Annual report of the Imperial Bacteriologist
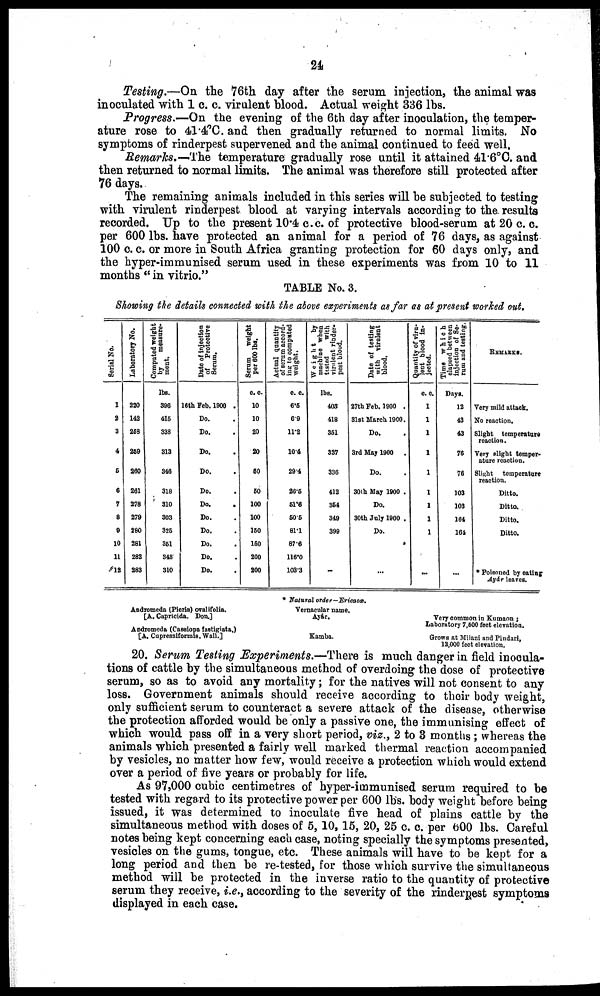
24
Testing.—On the 76th day after the serum injection, the animal was
inoculated with 1 c. c. virulent blood. Actual weight 336 lbs.
Progress.—On the evening of the 6th day after inoculation, the temper-
ature rose to 41.4°C. and then gradually returned to normal limits. No
symptoms of rinderpest supervened and the animal continued to feed well.
Remarks.—The temperature gradually rose until it attained 41.6°C. and
then returned to normal limits. The animal was therefore still protected after
76 days.
The remaining animals included in this series will be subjected to testing
with virulent rinderpest blood at varying intervals according to the results
recorded. Up to the present 10.4 c.c. of protective blood-serum at 20 c. c.
per 600 lbs. have protected an animal for a period of 76 days, as against
100 c. c. or more in South Africa granting protection for 60 days only, and
the hyper-immunised serum used in these experiments was from 10 to 11
months "in vitrio."
TABLE No. 3.
Showing the details connected with the above experiments as far as at present worked out.
Serial No.
1
2
3
4
5
6
7
8
9
10
11
12
Laboratory No.
220
142
258
259
260
261
278
279
280
281
282
283
Computed weight
by
measure-
ment.
lbs.
396
415
338
313
346
318
310
303
325
351
348
310
Date of injection
of Protective
Serum.
16th Feb. 1900 .
Do.
Do.
Do.
Do.
Do.
Do.
Do.
Do.
Do.
Do.
Do.
Serum
weight
per 600 lbs.
c.c.
10
10
20
20
50
50
100
100
150
150
200
200
Actual quantity
of serum accord-
ing to computed
weight.
c. c.
6.5
6.9
11.2
10.4
29.4
26.5
51.6
50.5
81.1
87.6
116.0
103.3
Weight by
machine when
tested
with
virulent rinder-
pest blood.
lbs.
403
418
351
337
336
412
354
349
399
-
Date of testing
with virulent
blood.
27th Feb. 1900 .
31st March 1900.
Do.
3rd May 1900 .
Do.
30th May 1900 .
Do.
30th July 1900 .
Do.
...
Quantity of viru-
lent blood in-
jected.
c. c.
1
1
1
1
1
1
1
1
1
...
Time which
elapsed between
injection of Se-
rum and testing.
Days.
12
43
43
76
76
103
103
164
164
...
REMARKS.
Very mild attack.
No reaction.
Slight temperature
reaction.
Very slight temper-
ature reaction.
Slight temperature
reaction.
Ditto.
Ditto.
Ditto.
Ditto.
*Poisoned by eating
Ayár leaves.
*Natural order—Ericacæ.
Andromeda (Pieris) ovalifolia.
Vernacular name.
[A. Capricida. Don.]
Ayár.
Very common in Kumaon ;
Laboratory 7,500 feet elevation.
Andromeda (Cessiopa fastigiata.)
[A. Cupressiformis. Wall.]
Kamba.
Grows nt Miiani and Pindari,
12,000 feet elevation.
20. Serum Testing Experiments.—There is much danger in field inocula-
tions of cattle by the simultaneous method of overdoing the dose of protective
serum, so as to avoid any mortality ; for the natives will not consent to any
loss. Government animals should receive according to their body weight,
only sufficient serum to counteract a severe attack of the disease, otherwise
the protection afforded would be only a passive one, the immunising effect of
which would pass off in a very short period, viz., 2 to 3 months ; whereas the
animals which presented a fairly well marked thermal reaction accompanied
by vesicles, no matter how few, would receive a protection which would extend
over a period of five years or probably for life.
As 97,000 cubic centimetres of hyper-immunised serum required to be
tested with regard to its protective power per 600 lbs. body weight before being
issued, it was determined to inoculate five head of plains cattle by the
simultaneous method with doses of 5, 10, 15, 20, 25 c. c. per 600 lbs. Careful
notes being kept concerning each case, noting specially the symptoms presented,
vesicles on the gums, tongue, etc. These animals will have to be kept for a
long period and then be re-tested, for those which survive the simultaneous
method will be protected in the inverse ratio to the quantity of protective
serum they receive, i.e., according to the severity of the rinderpest symptoms
displayed in each case.